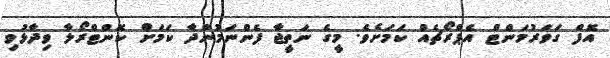
އޮފް ގަވަރުމަންޓް އެޕްރޯޗެއް ކަމަށެވެ. މީގެ ނަތީޖާ ފެންނަމުންދާ ކަމަށް ކޮންޓްރޯލާ ވިދާޅުވި